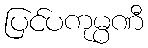
ပြင်ပကုမ္ပဏီ